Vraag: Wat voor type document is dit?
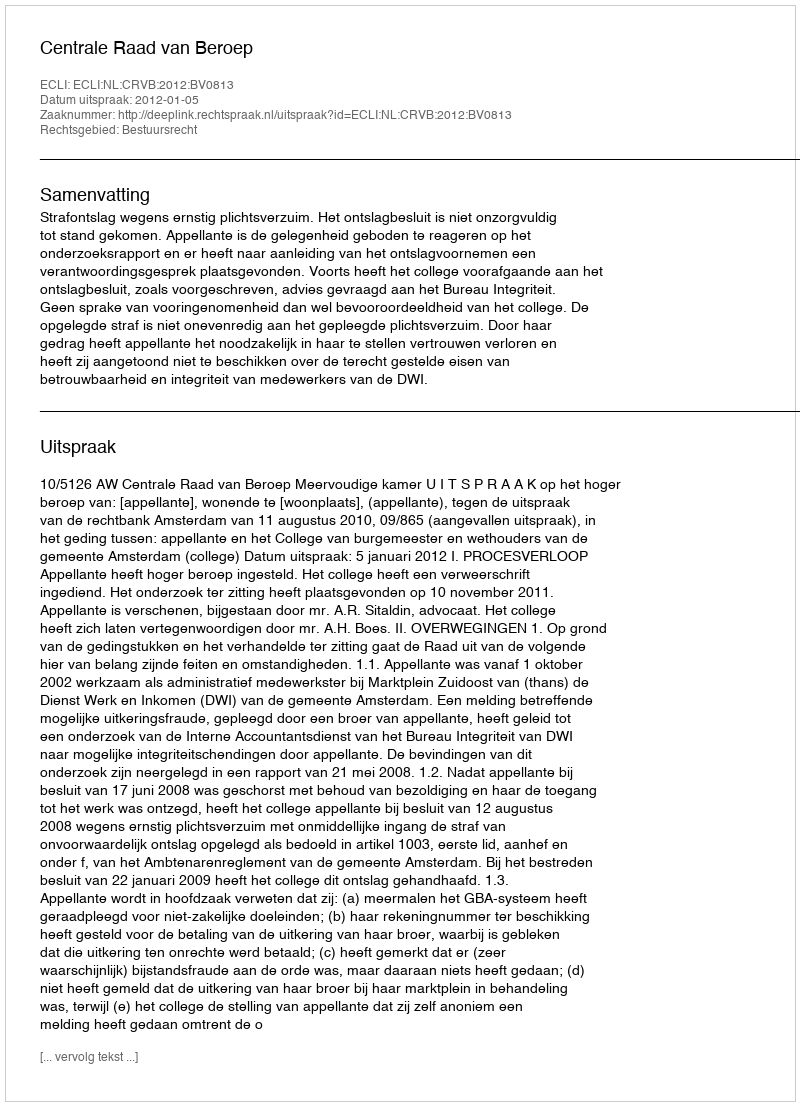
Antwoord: Uitspraak